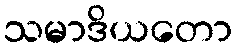
သမာဒိယတော